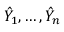
{ \hat { Y } } _ { 1 } , \dots , { \hat { Y } } _ { n }